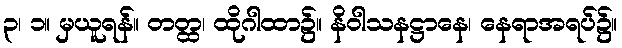
၃၊ ၁။ မှယူရန်။ တတ္ထ၊ ထိုဂါထာ၌။ နိဝါသနဋ္ဌာနေ၊ နေရာအရပ်၌။